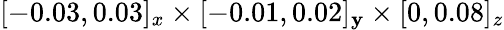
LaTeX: [-0.03,0.03]_{x}\times[-0.01,0.02]_{\mathbf{y}}\times[0,0.08]_{z}